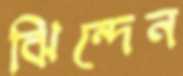
ঝিন্দেন